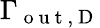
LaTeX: \Gamma_{\mathrm{~o~u~t~},\mathrm{~D~}}